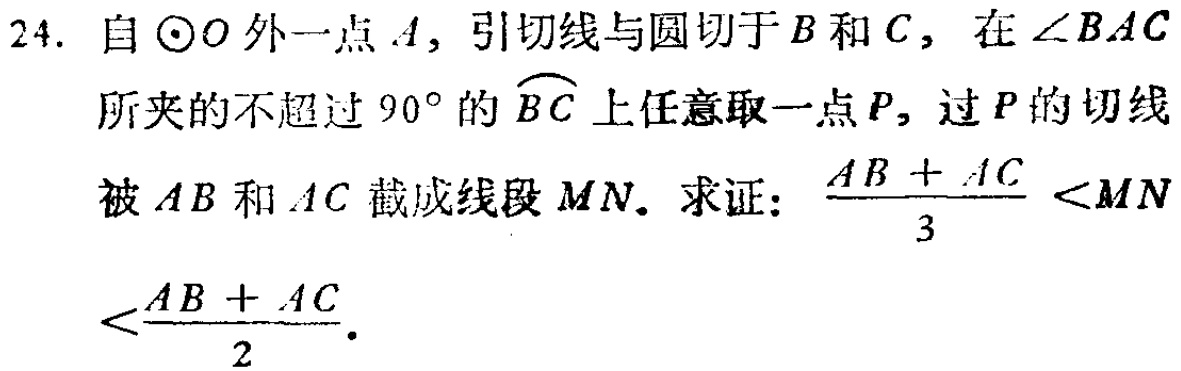
24. 自\(\odot O\)外一点\(A\)，引切线与圆切于\(B\)和\(C\)，在\(\angle BAC\)所夹的不超过\(90^{\circ}\)的\(\overset{\frown}{BC}\)上任意取一点\(P\)，过\(P\)的切线被\(AB\)和\(AC\)截成线段\(MN\)。求证：\(\frac{AB + AC}{3}<MN<\frac{AB + AC}{2}\)。